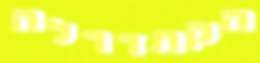
הקתדרלה